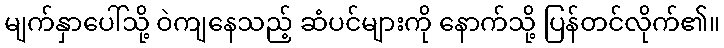
မျက်နှာပေါ်သို့ ဝဲကျနေသည့် ဆံပင်များကို နောက်သို့ ပြန်တင်လိုက်၏။